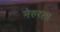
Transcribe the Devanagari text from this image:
नेरुरला